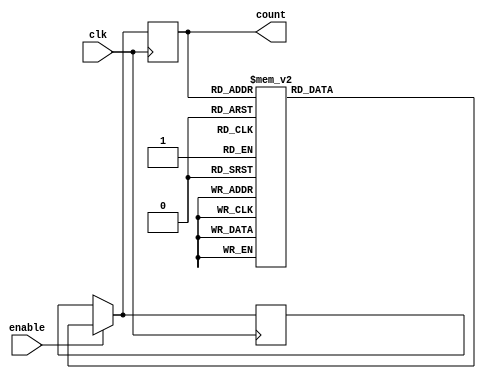
module gray_counter(
  input wire clk, // clock input
  input wire enable, // enable input
  output reg [3:0] count // 4-bit Gray code counter output
);

reg [3:0] next_count; // next state of the counter

always @ (posedge clk) begin
  if (enable) begin
    case(count)
      4'b0000: next_count = 4'b0001; // Increment by 1
      4'b0001: next_count = 4'b0011; // Increment by 1
      4'b0011: next_count = 4'b0010; // Increment by 1
      4'b0010: next_count = 4'b0110; // Increment by 1
      4'b0110: next_count = 4'b0111; // Increment by 1
      4'b0111: next_count = 4'b0101; // Increment by 1
      4'b0101: next_count = 4'b0100; // Increment by 1
      4'b0100: next_count = 4'b1100; // Increment by 1
      4'b1100: next_count = 4'b1101; // Increment by 1
      4'b1101: next_count = 4'b1111; // Increment by 1
      4'b1111: next_count = 4'b1110; // Increment by 1
      4'b1110: next_count = 4'b1010; // Increment by 1
      4'b1010: next_count = 4'b1011; // Increment by 1
      4'b1011: next_count = 4'b1001; // Increment by 1
      4'b1001: next_count = 4'b1000; // Increment by 1
      4'b1000: next_count = 4'b0000; // Increment by 1
    endcase
  end
  
  count <= next_count;
  
end

endmodule